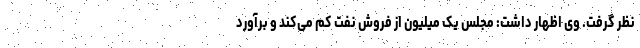
نظر گرفت. وی اظهار داشت: مجلس یک میلیون از فروش نفت کم می‌کند و برآورد